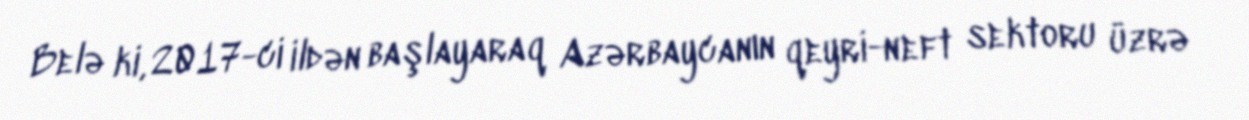
Belə ki, 2017-ci ildən başlayaraq Azərbaycanın qeyri-neft sektoru üzrə